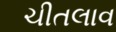
ચીતલાવ